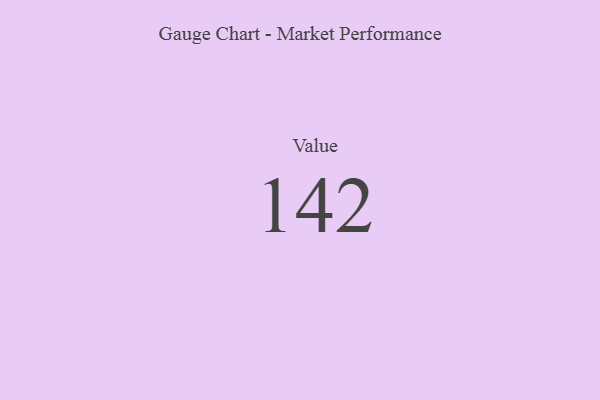
{"axis": {"x": "Metric", "y": "Value"}, "legend": [""], "data": [{"x": "Value", "y": 142, "type": ""}]}